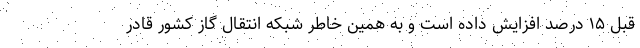
قبل ۱۵ درصد افزایش داده است و به همین خاطر شبکه انتقال گاز کشور قادر